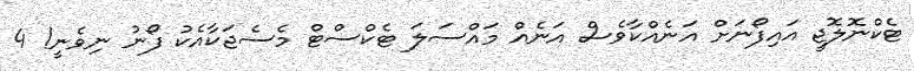
ޓެކްނޮލޮޖީ އައިފޯނަށް އަނެއްކާވެސް އަނެއް މައްސަލަ ޓެކްސްޓް މެސެޖަކާއެކު ފޯނު ނިވެނީ! 4